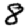
Digit: 8